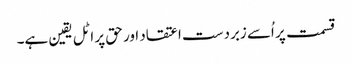
قسمت پر اُسے زبردست اعتقاد اور حق پر اٹل یقین ہے۔